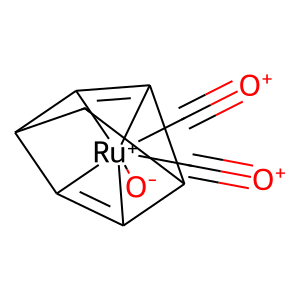
SMILES: [O+]#C[Ru+]123([O-])(C#[O+])C4=C1C1CC4C2=C13
Inhibits HIV replication: No